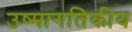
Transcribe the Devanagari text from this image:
उष्मागतिकीय